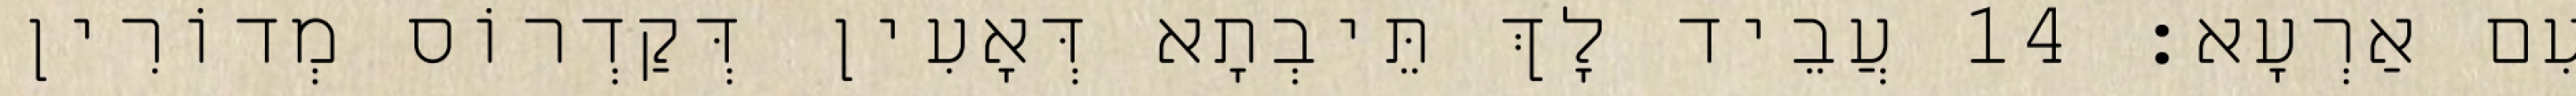
עִם אַרְעָא׃ 14 עֲבֵיד לָךְ תֵּיבְתָא דְּאָעִין דְּקַדְרוֹס מְדוֹרִין